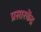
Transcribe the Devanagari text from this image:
प्रसारकेंद्र